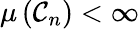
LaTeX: \mu\left(\mathcal{C}_{n}\right)<\infty